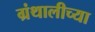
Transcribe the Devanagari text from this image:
ग्रंथालीच्‍या